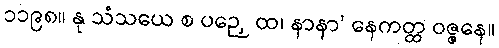
၁၁၉၈။ နု သံသယေ စ ပဉှေ ထ၊ နာနာ’ နေကတ္ထ ဝဇ္ဇနေ။